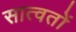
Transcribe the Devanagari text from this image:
सात्वतों